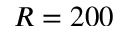
R = 2 0 0